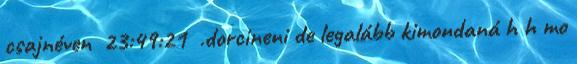
csajnéven 23:49:21 .dorcineni de legalább kimondaná h h mo